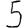
Digit: 5